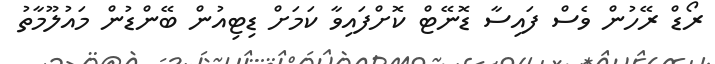
ރޯޑް ރޭހުން ވެސް ފައިސާ ޑޮނޭޓް ކޮށްފައިވާ ކަމަށް ޑިޓިއުން ބޭންޑުން މައުލޫމާތު